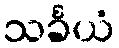
သင်္ခယံ